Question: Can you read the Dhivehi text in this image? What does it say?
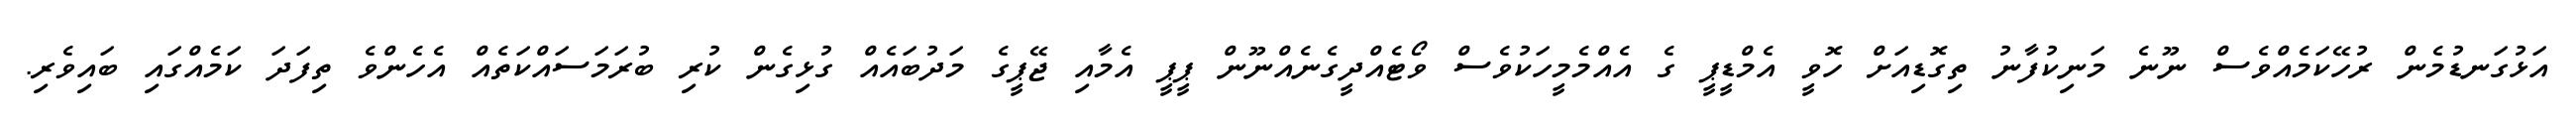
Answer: އަޅުގަނޑުމެން ރުހޭކަމެއްވެސް ނޫނެ މަނިކުފާނު ތިގޮޑިއަށް ހޮވީ އެމްޑީޕީ ގެ އެއްމެމީހަކުވެސް ވޯޓެއްދީގެނެއްނޫން ޕީޕީ އެމާއި ޖޭޕީގެ މަދުބައެއް ގުޅިގެން ކުރި ބުރަމަސައްކަތެއް އެހެންވެ ތިފަދަ ކަމެއްގައި ބައިވެރި.